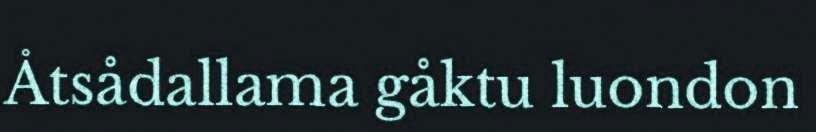
Åtsådallama gåktu luondon